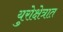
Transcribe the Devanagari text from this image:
युरोक्षेत्रात